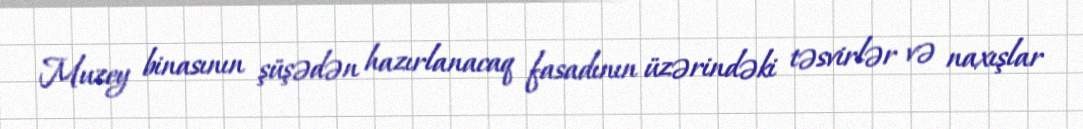
Muzey binasının şüşədən hazırlanacaq fasadının üzərindəki təsvirlər və naxışlar